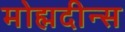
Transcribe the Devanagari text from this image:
मोह्मदीन्स